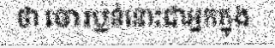
ថា ចោរប្លន់នោះជាអ្នកក្នុង